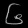
Digit: ၆